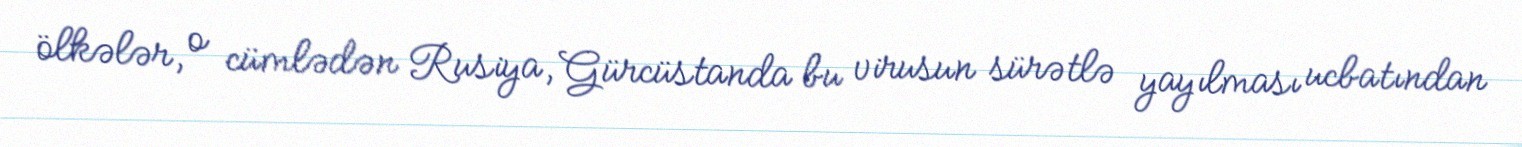
ölkələr, o cümlədən Rusiya, Gürcüstanda bu virusun sürətlə yayılması ucbatından